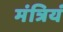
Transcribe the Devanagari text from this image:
मंत्रियं